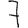
Digit: 7